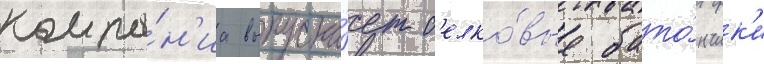
компа́н'иа выпуска́ет б'елко́вые бато́нчик'и